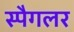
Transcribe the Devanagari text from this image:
स्पैगलर